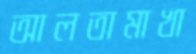
আলতামাখা